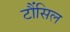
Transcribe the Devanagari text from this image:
टौंसिल